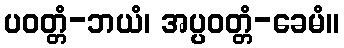
ပဝတ္တံ-ဘယံ၊ အပ္ပဝတ္တံ-ခေမံ။